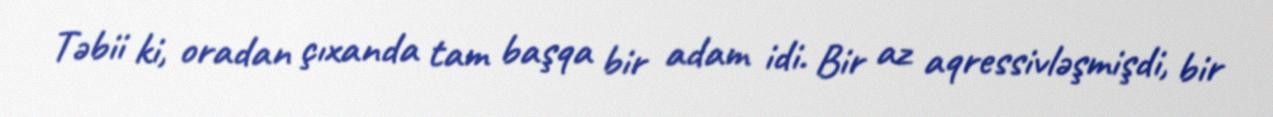
Təbii ki, oradan çıxanda tam başqa bir adam idi. Bir az aqressivləşmişdi, bir